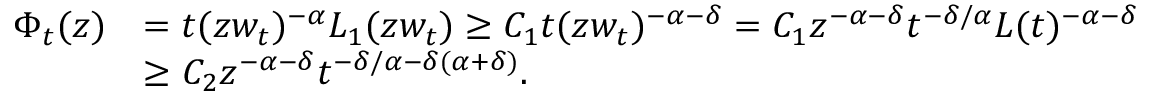
\begin{array} { r l } { \Phi _ { t } ( z ) } & { = t ( z w _ { t } ) ^ { - \alpha } L _ { 1 } ( z w _ { t } ) \geq C _ { 1 } t ( z w _ { t } ) ^ { - \alpha - \delta } = C _ { 1 } z ^ { - \alpha - \delta } t ^ { - \delta / \alpha } L ( t ) ^ { - \alpha - \delta } } \\ & { \geq C _ { 2 } z ^ { - \alpha - \delta } t ^ { - \delta / \alpha - \delta ( \alpha + \delta ) } . } \end{array}